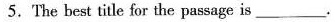
5. The best title for the passage is___